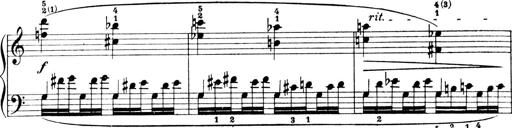
Title: 4 Sonatines
Composer: Max Reger